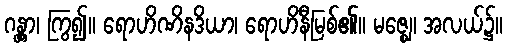
ဂန္တွာ၊ ကြွ၍။ ရောဟိဏိနဒိယာ၊ ရောဟိနီမြစ်၏။ မဇ္ဈေ၊ အလယ်၌။